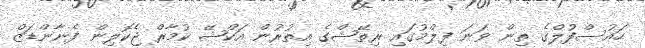
ހައުސްފުލްގެ ތިން ވަނަ ފިލްމުގައި ރިތޭޝްގެ އިތުރުން އަކްޝޭ ކުމާރް ޖެކޮލިން ފެނާންޑަޒް